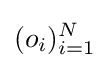
(o_{i})_{i=1}^{N}